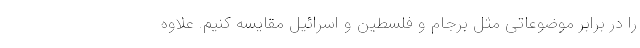
را در برابر موضوعاتی مثل برجام و فلسطین و اسرائیل مقایسه کنیم. علاوه